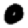
Digit: 0